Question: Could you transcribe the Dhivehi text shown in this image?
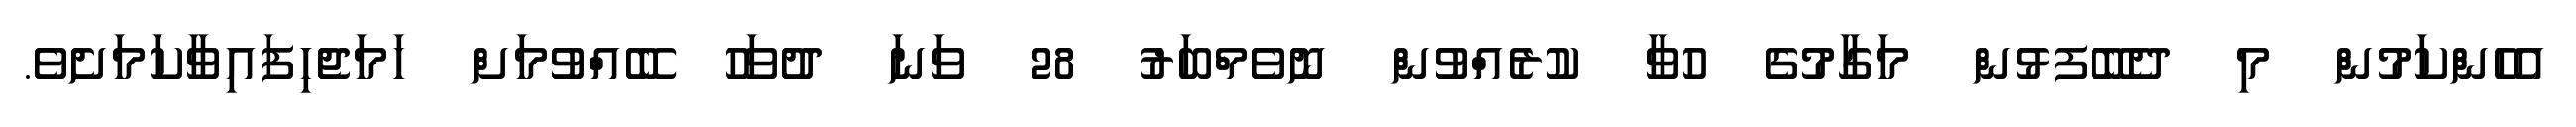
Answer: އެހެންކަމުން މި ދެބޭފޅުން މަގާމުގެ ހުވާ ކުރެއްވުން ނޮވެމްބަރު 28 ވަނަ ދުވަހު ބޭއްވުމަށް ހަމަޖެހިފައިވާކަމަށެވެ.